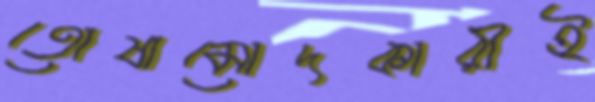
তোষামোদকারীই